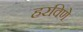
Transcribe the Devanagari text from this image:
हरविणे